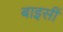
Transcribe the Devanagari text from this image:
बाइसीं